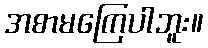
အစာမကြေပါဘူး။